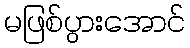
မဖြစ်ပွားအောင်